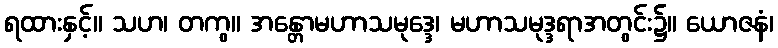
ရထားနှင့်။ သဟ၊ တကွ။ အန္တောမဟာသမုဒ္ဒေ၊ မဟာသမုဒ္ဒရာအတွင်း၌။ ယောဇနံ၊